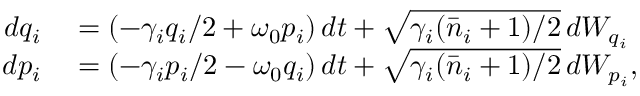
\begin{array} { r l } { d q _ { i } } & { { } = ( - \gamma _ { i } q _ { i } / 2 + \omega _ { 0 } p _ { i } ) \, d t + \sqrt { \gamma _ { i } ( \bar { n } _ { i } + 1 ) / 2 } \, d W _ { q _ { i } } } \\ { d p _ { i } } & { { } = ( - \gamma _ { i } p _ { i } / 2 - \omega _ { 0 } q _ { i } ) \, d t + \sqrt { \gamma _ { i } ( \bar { n } _ { i } + 1 ) / 2 } \, d W _ { p _ { i } } , } \end{array}